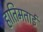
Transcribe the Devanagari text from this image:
हातिमताई